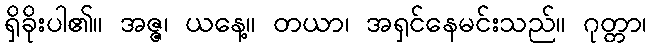
ရှိခိုးပါ၏။ အဇ္ဇ၊ ယနေ့။ တယာ၊ အရှင်နေမင်းသည်။ ဂုတ္တာ၊